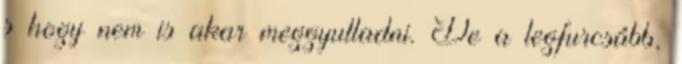
s hogy nem is akar meggyulladni. De a legfurcsább,